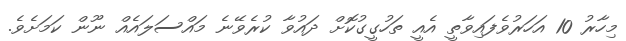
މިހާރު 10 އަހަރުވެފައިވާތީ އެއީ ތަހުގީގުކޮށް ދައުވާ ކުރެވޭނެ މައްސަލައެއް ނޫން ކަމަށެވެ.